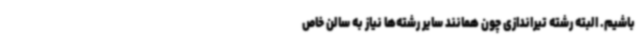
باشیم. البته رشته تیراندازی چون همانند سایر رشته‌ها نیاز به سالن خاص